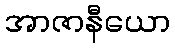
အာဇာနီယော